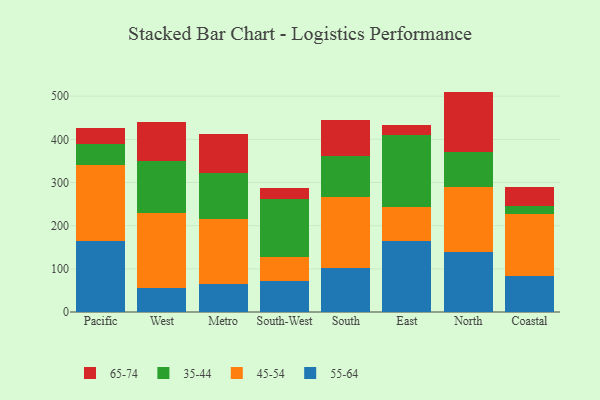
{"axis": {"x": "Region", "y": "Temperature (°C)"}, "legend": ["35-44", "45-54", "55-64", "65-74"], "data": [{"x": "Pacific", "y": 163.8, "type": "55-64"}, {"x": "Pacific", "y": 175.8, "type": "45-54"}, {"x": "Pacific", "y": 49.8, "type": "35-44"}, {"x": "Pacific", "y": 36.1, "type": "65-74"}, {"x": "West", "y": 56.2, "type": "55-64"}, {"x": "West", "y": 173.2, "type": "45-54"}, {"x": "West", "y": 121.1, "type": "35-44"}, {"x": "West", "y": 89.5, "type": "65-74"}, {"x": "Metro", "y": 64.2, "type": "55-64"}, {"x": "Metro", "y": 152.0, "type": "45-54"}, {"x": "Metro", "y": 106.4, "type": "35-44"}, {"x": "Metro", "y": 89.7, "type": "65-74"}, {"x": "South-West", "y": 72.2, "type": "55-64"}, {"x": "South-West", "y": 56.2, "type": "45-54"}, {"x": "South-West", "y": 133.7, "type": "35-44"}, {"x": "South-West", "y": 24.6, "type": "65-74"}, {"x": "South", "y": 101.0, "type": "55-64"}, {"x": "South", "y": 164.8, "type": "45-54"}, {"x": "South", "y": 95.1, "type": "35-44"}, {"x": "South", "y": 84.0, "type": "65-74"}, {"x": "East", "y": 165.5, "type": "55-64"}, {"x": "East", "y": 77.1, "type": "45-54"}, {"x": "East", "y": 167.6, "type": "35-44"}, {"x": "East", "y": 22.3, "type": "65-74"}, {"x": "North", "y": 139.6, "type": "55-64"}, {"x": "North", "y": 150.9, "type": "45-54"}, {"x": "North", "y": 80.8, "type": "35-44"}, {"x": "North", "y": 139.3, "type": "65-74"}, {"x": "Coastal", "y": 83.5, "type": "55-64"}, {"x": "Coastal", "y": 143.4, "type": "45-54"}, {"x": "Coastal", "y": 19.0, "type": "35-44"}, {"x": "Coastal", "y": 43.5, "type": "65-74"}]}